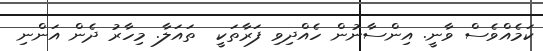
ކަމެއްވެސް ވާނީ. އިންސާނުން ހެއްދިވި ފަރާތަކީ  ތައަލާ. މިހާރު ދެން އަންނި